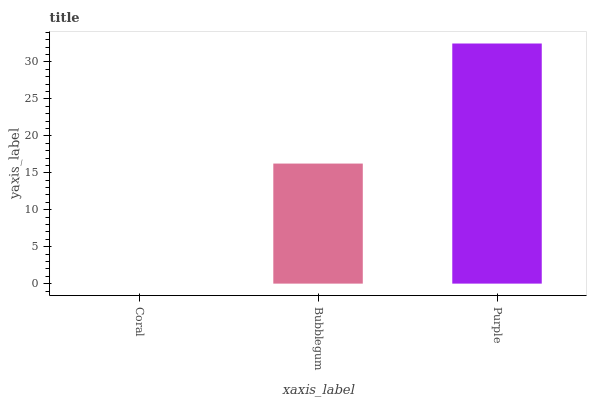
| xaxis_label | bars |
 | --- | --- |
 | Coral | 0 |
 | Bubblegum | 16.3 |
 | Purple | 32.5 |